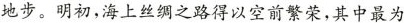
地步。明初，海上丝绸之路得以空前繁荣，其中最为